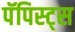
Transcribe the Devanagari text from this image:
पॅपिस्ट्स